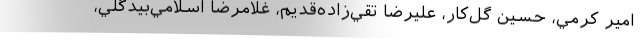
امير کرمي، حسين گل‌کار، عليرضا تقي‌زاده‌قديم، غلامرضا اسلامي‌بيدگلي،